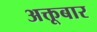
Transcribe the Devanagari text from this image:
अक्तूबार